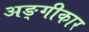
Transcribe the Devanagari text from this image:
अङ्गीकार